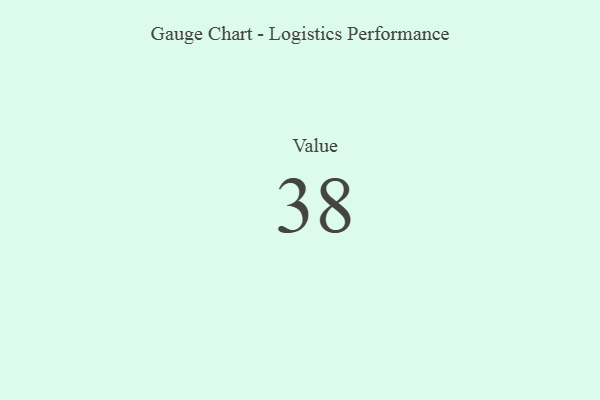
{"axis": {"x": "Metric", "y": "Value"}, "legend": [""], "data": [{"x": "Value", "y": 38, "type": ""}]}